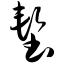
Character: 堑